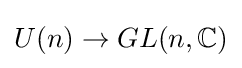
U(n)\rightarrow GL(n,\mathbb {C} )